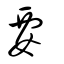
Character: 要